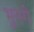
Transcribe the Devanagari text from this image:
भुनगे